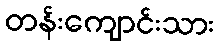
တန်းကျောင်းသား